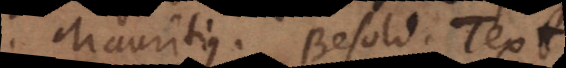
Mauritius. Besold. Text[or].